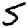
Digit: 5